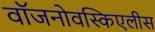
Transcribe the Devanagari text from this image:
वॉजनोवस्किएलीस